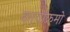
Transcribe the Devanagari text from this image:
कार्याक्रमो